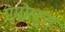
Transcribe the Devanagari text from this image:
एंगोस्टुरा